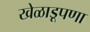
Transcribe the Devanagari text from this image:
खेळाडूपणा